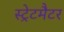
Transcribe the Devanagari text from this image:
स्ट्रेटमैटर